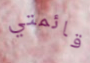
قائمتي